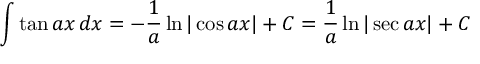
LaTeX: \int \tan a x \, d x = - { \frac { 1 } { a } } \ln | \cos a x | + C = { \frac { 1 } { a } } \ln | \sec a x | + C